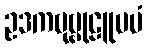
ဥဒကဗုဗ္ဗုဠူပမံ